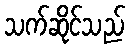
သက်ဆိုင်သည်